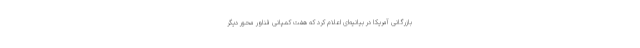
بازرگانی آمریکا در بیانیه‌ای اعلام کرد که هفت کمپانی فناور محور دیگر